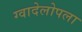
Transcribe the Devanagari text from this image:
ग्वादेलोपला